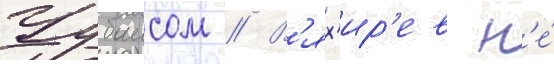
Чубаисом // В'ях'ир'ев н'е́